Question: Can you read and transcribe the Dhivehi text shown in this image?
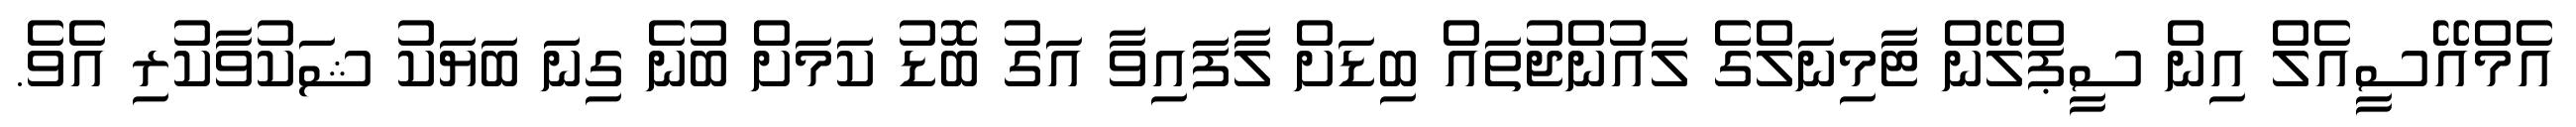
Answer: އެމްއޭސީއެލް އިން ސީޕްލޭން ޓާމިނަލްގެ ލައުންޖުތައް ބިޑަށް ލާފައިވާ އަގު ބޮޑު ކަމަށް ބުނެ ގިނަ ބަޔަކު ޝަކުވާކުރި އެވެ.